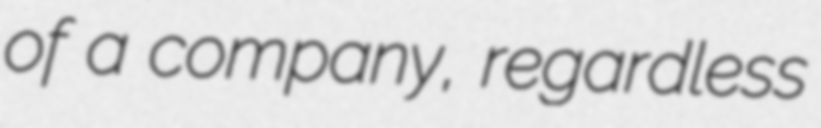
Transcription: of a company, regardless